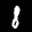
Label: 8